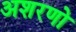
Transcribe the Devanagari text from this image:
अशरणो